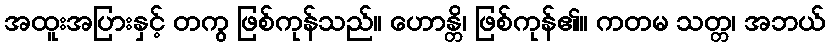
အထူးအပြားနှင့် တကွ ဖြစ်ကုန်သည်။ ဟောန္တိ၊ ဖြစ်ကုန်၏။ ကတမ သတ္တ၊ အဘယ်